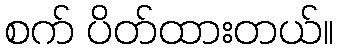
စက် ပိတ်ထားတယ်။